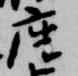
座